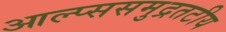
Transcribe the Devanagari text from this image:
आल्प्ससमुद्रतटीय